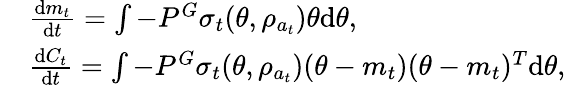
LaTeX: \begin{array}{rl}&{\frac{\mathrm{d}m_{t}}{\mathrm{d}t}=\int-P^{G}\sigma_{t}(\theta,\rho_{a_{t}})\theta\mathrm{d}\theta,}\\ &{\frac{\mathrm{d}C_{t}}{\mathrm{d}t}=\int-P^{G}\sigma_{t}(\theta,\rho_{a_{t}})(\theta-m_{t})(\theta-m_{t})^{T}\mathrm{d}\theta,}\end{array}